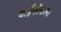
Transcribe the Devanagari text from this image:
बाईफोकल्स